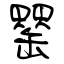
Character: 罌